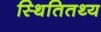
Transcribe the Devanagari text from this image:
स्थितितथ्य